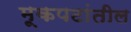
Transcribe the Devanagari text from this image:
मूकपटांतील